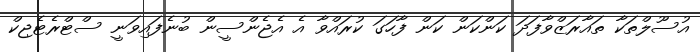
އުސޫލްތަކާ ތައާރަޒްވާފަދަ ކަންކަން ކަން ފާހަގަ ކުރައްވާ އެ އެޖެންސީން ބުނެފައިވަނީ ސްޓްރެޓެޖިކް